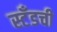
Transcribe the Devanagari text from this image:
स्टँडची